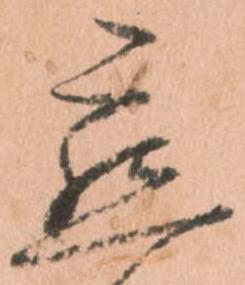
懇